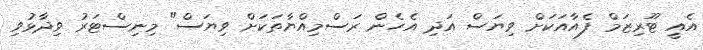
އެއީ ޓޫރިޒަމް ފެއާއަކަށް ވިޔަސް އަދި އެހެން ރަސްމިއްޔާތަކަށް ވިޔަސް" މިނިސްޓަރު ވިދާޅުވި